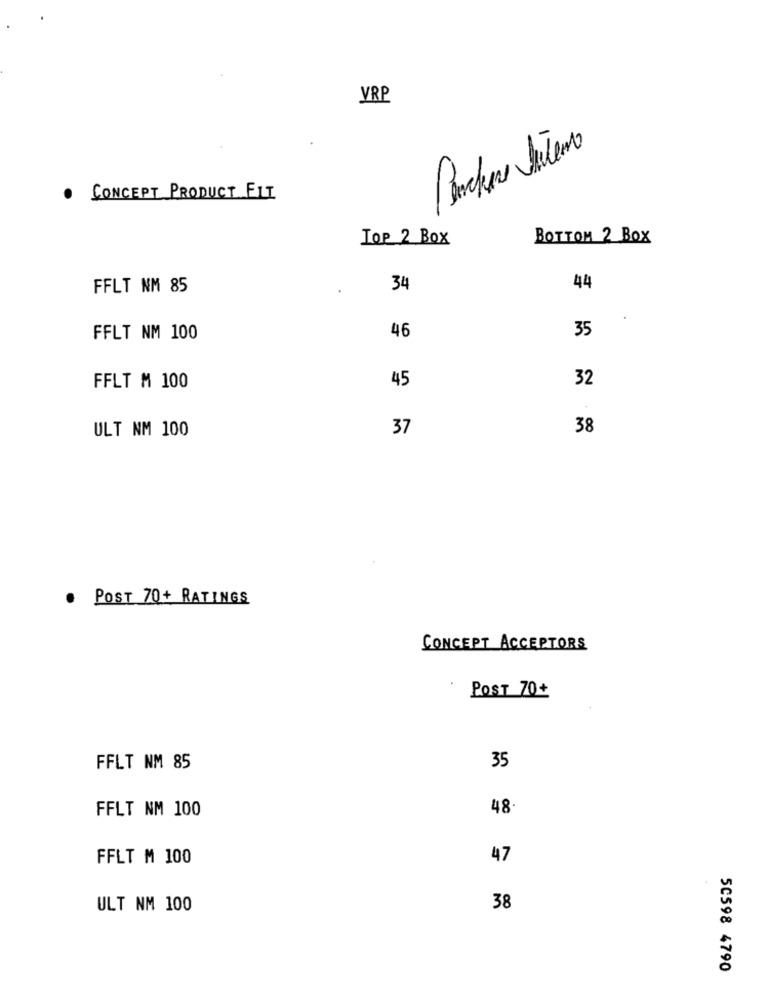
VRP
2
Parches Sutero
.
CONCEPT PRODUCT FIT
TOP 2 Box
BOTTOM 2 BOX
FFLT NM 85
34
44
35
FFLT NM 100
46
FFLT M 100
45
32
ULT NM 100
37
38
. POST 70+ RATINGS
CONCEPT ACCEPTORS
POST 70+
FFLT NM 85
35
FFLT NM 100
48
FFLT M 100
47
ULT NM 100
38
50598 4790